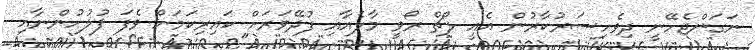
ނަގަންޖެހޭނީ ދިވެހިސަރުކާރުން އެއީ ލޯޗް ރޯވީ މާލެއާއި ފުދޭވަރަށް ކައިރިކަމަށް ވެފަ ފުލުހުންނާއި